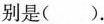
别是( ).